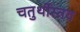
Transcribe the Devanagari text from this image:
चतुर्थीस्तव